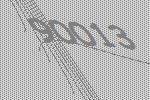
90013